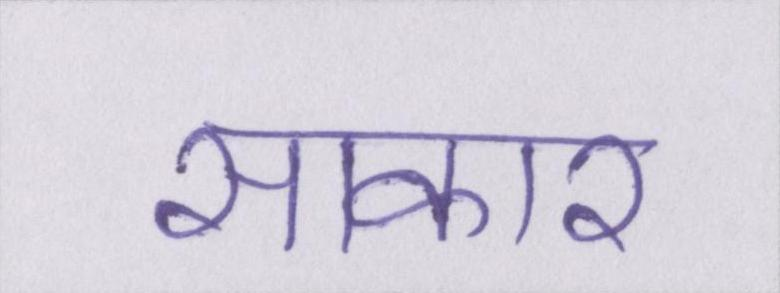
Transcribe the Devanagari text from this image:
साकार